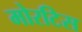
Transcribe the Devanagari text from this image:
मोरटिस